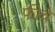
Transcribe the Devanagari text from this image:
फीचे